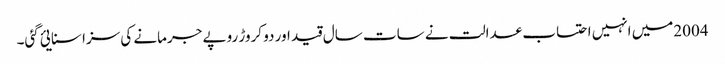
2004میں انہیں احتساب عدالت نے سات سال قید اور دو کروڑ روپے جرمانے کی سزا سنایئ گئی۔